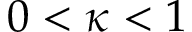
0 < \kappa < 1